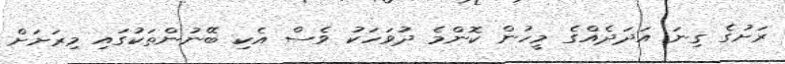
ރަށުގެ ގިނަ އަދަދެއްގެ މީހުން ކޮންމެ ދުވަހަކު ވެސް އެކި ބޭނުންތަކުގައި މިރަށަށް